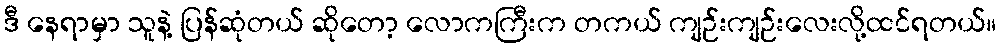
ဒီ နေရာမှာ သူနဲ့ ပြန်ဆုံတယ် ဆိုတော့ လောကကြီးက တကယ် ကျဉ်းကျဉ်းလေးလို့ထင်ရတယ်။